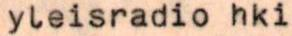
yleisradio hki